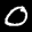
Label: 0